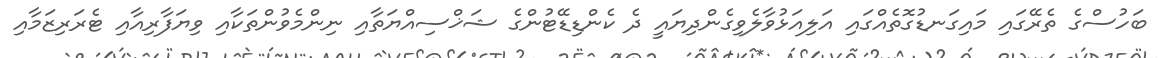
ބަހުސްގެ ތެރޭގައި މައިގަނޑުގޮތެއްގައި އަލިއަޅުވާލެވިގެންދިޔައީ ދެ ކެންޑިޑޭޓުންގެ ޝަޚްސިއްޔަތާއި ނިންމެވުންތަކާއި ވިޔަފާރިއާއި ޓެރަރިޒަމާއި